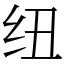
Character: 纽